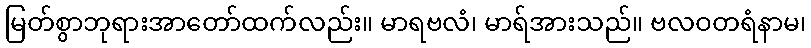
မြတ်စွာဘုရားအာတော်ထက်လည်း။ မာရဗလံ၊ မာရ်အားသည်။ ဗလဝတရံနာမ၊